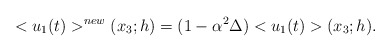
\begin{align*}<u_1(t)>^{new}(x_3;h)&=(1-{\alpha}^2 \Delta)<u_1(t)>(x_3;h).\end{align*}